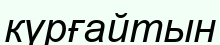
күрғайтын